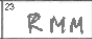
Transcription: RMM